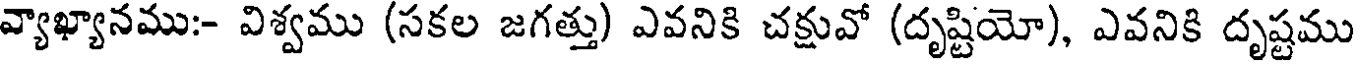
వ్యాఖ్యానము:- విశ్వము (సకల జగత్తు) ఎవనికి చక్షువో (దృష్టియో), ఎవనికి దృష్టము